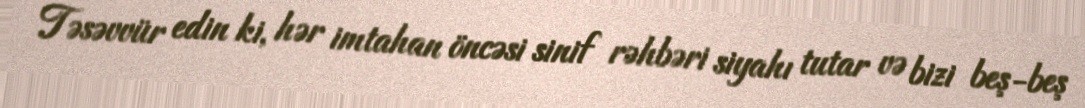
Təsəvvür edin ki, hər imtahan öncəsi sinif rəhbəri siyahı tutar və bizi beş-beş